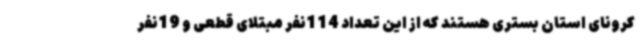
کرونای استان بستری هستند که از این تعداد 114نفر مبتلای قطعی و 19نفر